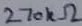
Text: 270kΩ